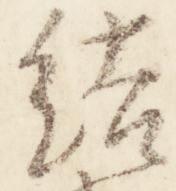
結